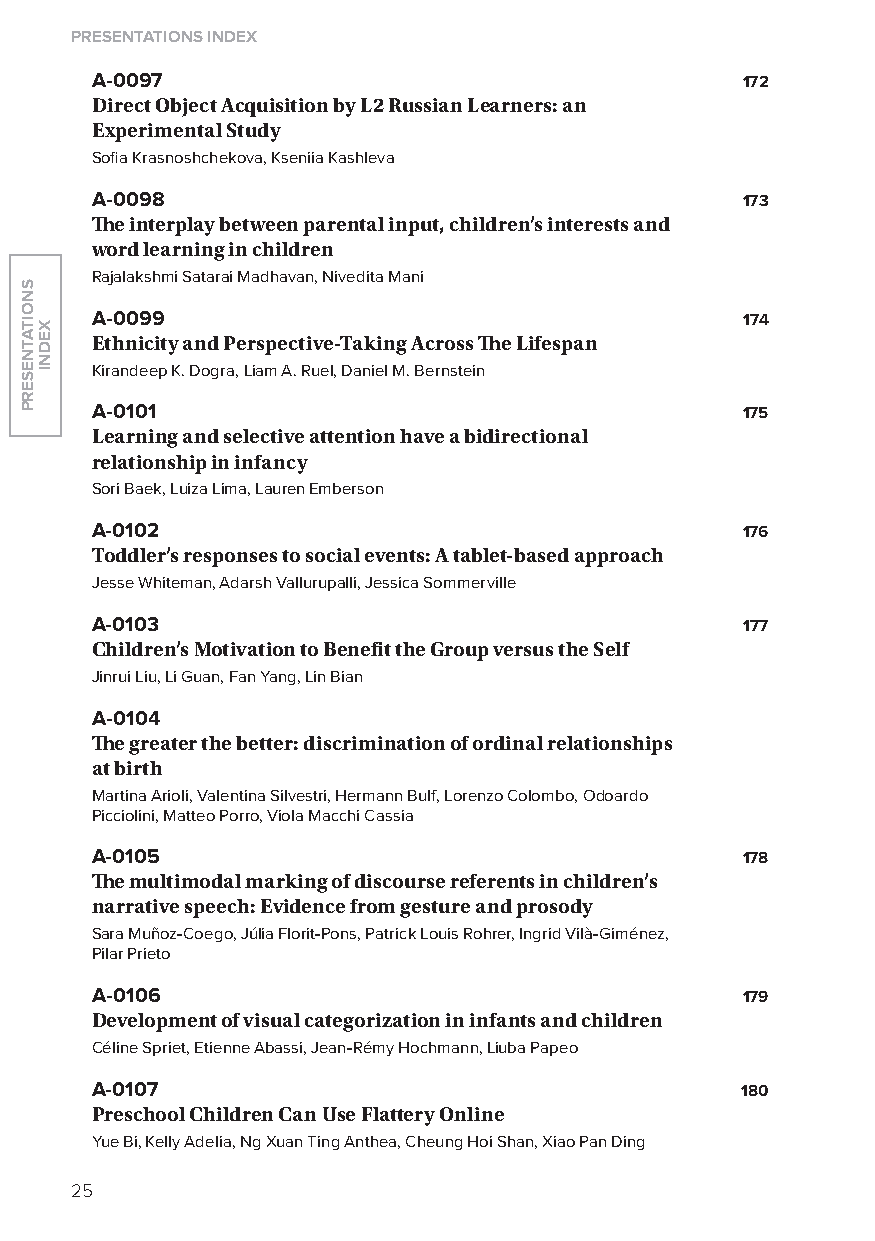
Presentations index
 A-0097                                     172
 Direct Object acquisition by l2 russian learners: an
 experimental study
 Sofia Krasnoshchekova, Kseniia Kashleva
 A-0098                                     173
 The interplay between parental input, children’s interests and
 word learning in children
 Rajalakshmi Satarai Madhavan, Nivedita Mani
 A-0099                                     174
 ethnicity and Perspective-taking across The lifespan
 Kirandeep K. Dogra, liam A. Ruel, Daniel M. Bernstein
 A-0101                                     175
 learning and selective attention have a bidirectional
 relationship in infancy
 Sori Baek, luiza lima, lauren Emberson
 A-0102                                     176
 toddler’s responses to social events: a tablet-based approach
 Jesse Whiteman, Adarsh Vallurupalli, Jessica Sommerville
 A-0103                                     177
 Children’s motivation to Benefit the group versus the self
 Jinrui liu, li Guan, Fan yang, lin Bian
 A-0104
 The greater the better: discrimination of ordinal relationships
 at birth
 Martina Arioli, Valentina Silvestri, Hermann Bulf, lorenzo Colombo, odoardo
 Picciolini, Matteo Porro, Viola Macchi Cassia
 A-0105                                     178
 The multimodal marking of discourse referents in children’s
 narrative speech: evidence from gesture and prosody
 Sara Muñoz-Coego, Júlia Florit-Pons, Patrick louis Rohrer, Ingrid Vilà-Giménez,
 Pilar Prieto
 A-0106                                     179
 Development of visual categorization in infants and children
 Céline Spriet, Etienne Abassi, Jean-Rémy Hochmann, liuba Papeo
 A-0107                                     180
 Preschool Children Can use flattery Online
 yue Bi, Kelly Adelia, Ng xuan Ting Anthea, Cheung Hoi Shan, xiao Pan Ding
 25
 snoitatneserP
 xedni